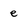
Character: e